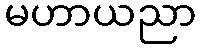
မဟာယညာ